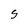
Character: S